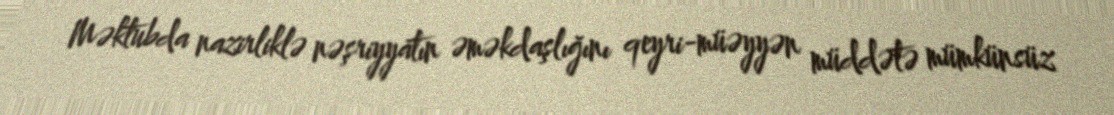
Məktubda nazirliklə nəşriyyatın əməkdaşlığını qeyri-müəyyən müddətə mümkünsüz